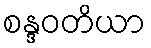
စန္ဒဝတိယာ